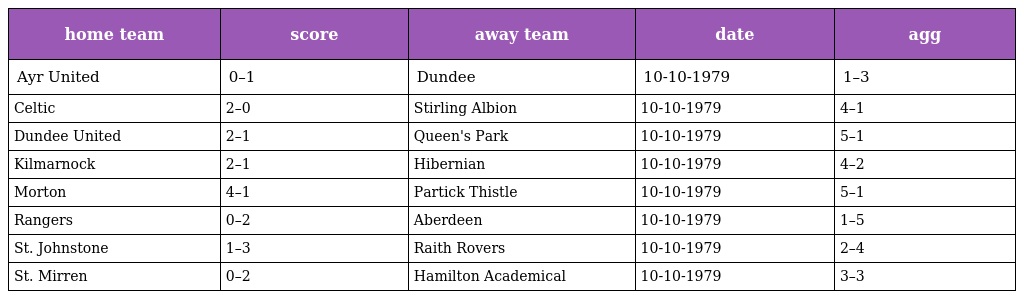
| home team | score | away team | date | agg |
 | --- | --- | --- | --- | --- |
 | Ayr United | 0–1 | Dundee | 10-10-1979 | 1–3 |
 | Celtic | 2–0 | Stirling Albion | 10-10-1979 | 4–1 |
 | Dundee United | 2–1 | Queen's Park | 10-10-1979 | 5–1 |
 | Kilmarnock | 2–1 | Hibernian | 10-10-1979 | 4–2 |
 | Morton | 4–1 | Partick Thistle | 10-10-1979 | 5–1 |
 | Rangers | 0–2 | Aberdeen | 10-10-1979 | 1–5 |
 | St. Johnstone | 1–3 | Raith Rovers | 10-10-1979 | 2–4 |
 | St. Mirren | 0–2 | Hamilton Academical | 10-10-1979 | 3–3 |